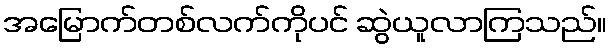
အမြောက်တစ်လက်ကိုပင် ဆွဲယူလာကြသည်။